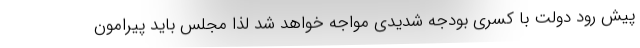
پیش رود دولت با کسری بودجه شدیدی مواجه خواهد شد لذا مجلس باید پیرامون